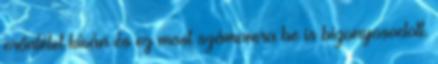
erőnlétet kíván és ez most számomra be is bizonyosodott.